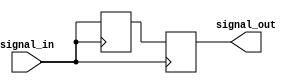
module transmission_gate_delay (
    input wire signal_in,
    output reg signal_out
);

reg delay = 1'b0;

always @ (posedge signal_in)
begin
    // Insert delay using transmission gate
    #10 delay <= signal_in;
    signal_out <= delay;
end

endmodule